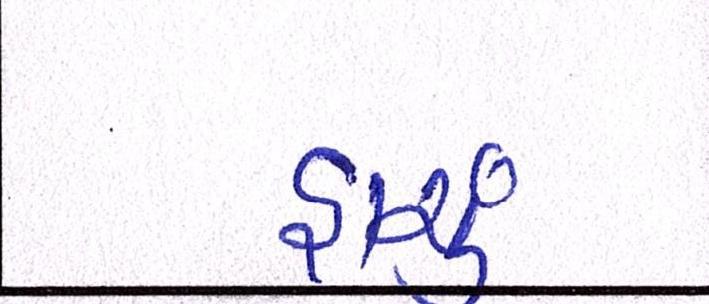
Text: હાચું